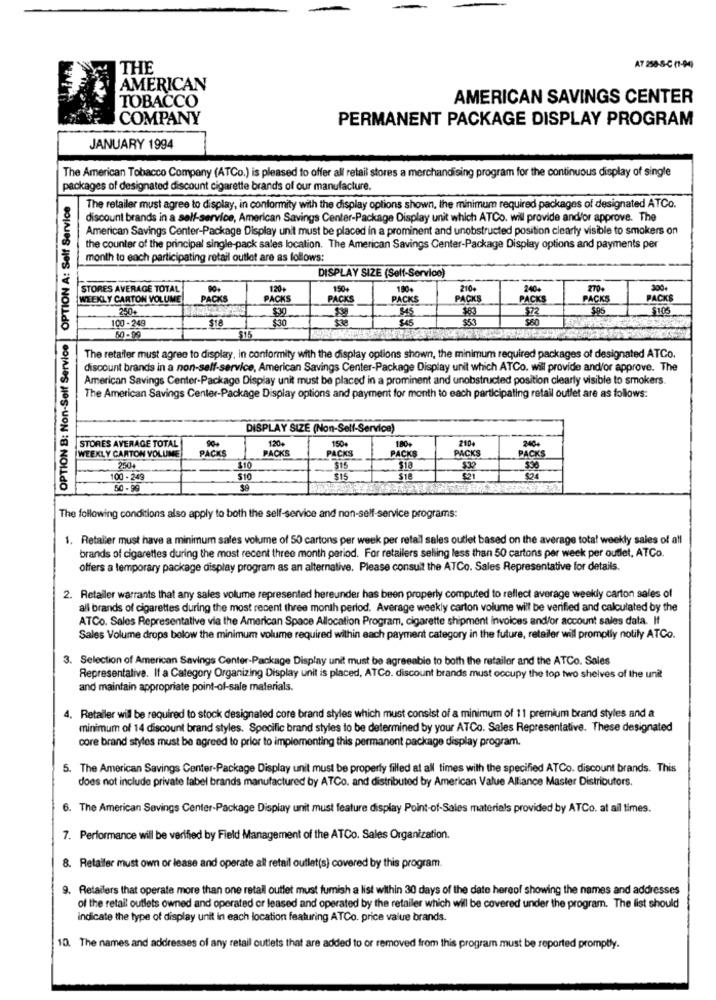
THE
AT 258-8-C (1-04)
AMERICAN
TOBACCO
AMERICAN SAVINGS CENTER
COMPANY
PERMANENT PACKAGE DISPLAY PROGRAM
JANUARY 1994
The American Tobacco Company (ATCo.) is pleased to offer all retail stores a merchandising program for the continuous display of single
packages of designated discount cigarette brands of our manufacture.
OPTION B: Non-Self Service | OPTION A: Self Service
The retailer must agree to display, in conformity with the display options shown, the minimum required packages of designated ATCo.
discount brands in a self-service, American Savings Center-Package Display unit which ATCo. wil provide and/or approve. The
American Savings Center-Package Display unit must be placed in a prominent and unobstructed position clearly visible to smokers on
the counter of the principal single-pack sales location. The American Savings Center-Package Display options and payments per
month to each participating retail outlet are as follows:
DISPLAY SIZE (Self-Service)
STORES AVERAGE TOTAL
120+
150+
180+
210+
240+
270,
300+
WEEKLY CARTON VOLUME
PACKS
PACKS
PACKS
PACKS
PACKS
PACKS
PACKS
PACKS
250%
$72
SPS
$105
100 -249
$30
$38
$45
$53
$80
$18
50-99
The retailer must agree to display, in conformity with the display options shown, the minimum required packages of designated ATCo.
discount brands in a non-self-service, American Savings Center-Package Display unit which ATCo. will provide and/or approve. The
American Savings Center-Package Display unit must be placed in a prominent and unobstructed position clearly visible to smokers.
The American Savings Center-Package Display options and payment for month to each participating retail outlet are as follows:
DISPLAY SIZE (Non-Self-Service)
STORES AVERAGE TOTAL
90+
120
150+
2104
2404
WEEKLY CARTON YOLUME
PACKS
PACKS
180+
PACKS
PACKS
PACKS
PACKS
2504
310
515
$18
100 - 249
$10
$15
$18
$24
50 -99
$9
The following conditions also apply to both the self-service and non-self-service programs:
1. Retailer must have a minimum sales volume of 50 cartons per week per retail sales outlet based on the average total weekly sales of all
brands of cigarettes during the most recent three month period. For retailers selling less than 50 cartons per week per outlet, ATCo.
offers a temporary package display program as an alternative. Please consult the ATCo. Sales Representative for details.
2. Retailer warrants that any sales volume represented hereunder has been properly computed to reflect average weekly carton sales of
all brands of cigarettes during the most recent three month period. Average weekly carton volume will be verified and calculated by the
ATCo. Sales Representative via the American Space Allocation Program, cigarette shipment invoices and/or account sales data. If
Sales Volume drops below the minimum volume required within each payment category in the future, retailer will promptly notify ATCo.
3. Selection of American Savings Center-Package Display unit must be agreeable to both the retailer and the ATCo. Sales
Representalive. If a Category Organizing Display unit is placed, ATCo. discount brands must occupy the top two shelves of the unit
and maintain appropriate point-of-sale materials.
4. Retailer will be required to stock designated core brand styles which must consist of a minimum of 11 premium brand styles and a
minimum of 14 discount brand styles. Specific brand styles to be determined by your ATCo. Sales Representative. These designated
core brand styles must be agreed to prior to implementing this permanent package display program.
5. The American Savings Center-Package Display unit must be properly filled at all times with the specified ATCo. discount brands. This
does not include private label brands manufactured by ATCo. and distributed by American Value Alliance Master Distributors.
6. The American Savings Center-Package Display unit must feature display Point-of-Sales materials provided by ATCo. at all times.
7. Performance will be verified by Field Management of the ATCo. Sales Organization.
8. Retailer must own or lease and operate all retail outlet(s) covered by this program.
9. Retailers that operate more than one retail outlet must furnish a list within 30 days of the date hereof showing the names and addresses
of the retail outlets owned and operated or leased and operated by the retailer which will be covered under the program. The list should
indicate the type of display unit in each location featuring ATCo. price value brands.
10. The names and addresses of any retail outlets that are added to or removed from this program must be reported promptly.